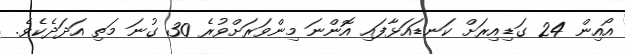
އޯއިން 24 ގަޑިއިރަށް ކަނޑައަޅާފައި އޮންނަ މިންވަރަށްވުރެ 30 ގުނަ މަތި އަދަދެކެވެ.